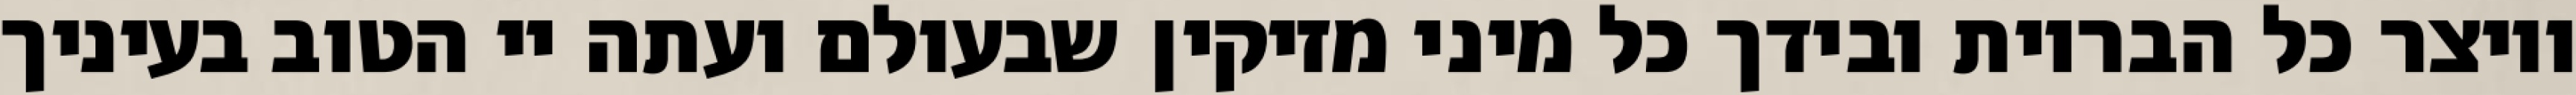
ויוצר כל הבריות ובידך כל מיני מזיקין שבעולם ועתה יי הטוב בעיניך